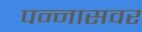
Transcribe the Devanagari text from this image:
पन्नासवर